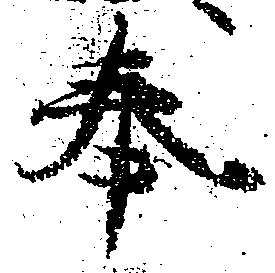
奉